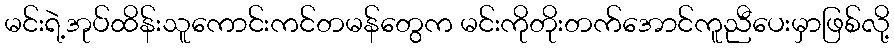
မင်းရဲ့အုပ်ထိန်းသူကောင်းကင်တမန်တွေက မင်းကိုတိုးတက်အောင်ကူညီပေးမှာဖြစ်လို့